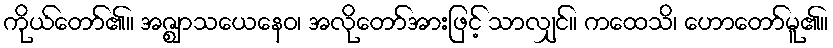
ကိုယ်တော်၏။ အဇ္ဈာသယေနေဝ၊ အလိုတော်အားဖြင့် သာလျှင်။ ကထေသိ၊ ဟောတော်မူ၏။